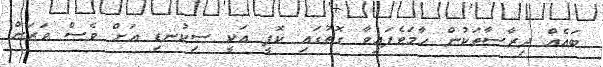
ބައެއް ދިރާސާތަކުން ހާމަވެފައިވާ ގޮތުގައި ކޮފީ އަކީ ސިކުނޑި އަށް ވެސް ވަރަށް